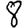
Digit: 8